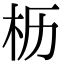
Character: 枥